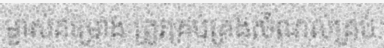
ម្ចាស់គម្រោង ត្រូវគ្រប់គ្រងសំណល់គ្រប់